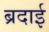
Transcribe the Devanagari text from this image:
ब्रदाई